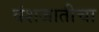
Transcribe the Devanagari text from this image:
वंशजातीचा